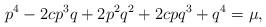
LaTeX: \begin{align*}p^{4}-2cp^{3}q+2p^{2}q^{2}+2cpq^{3}+q^{4}=\mu,\end{align*}